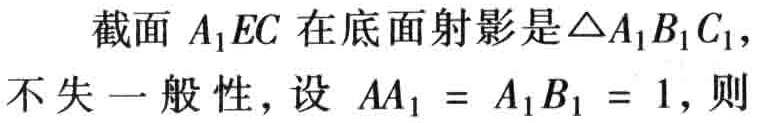
截面 \(A_{1}EC\) 在底面射影是\(\triangle A_{1}B_{1}C_{1}\)，不失一般性，设 \(AA_{1}=A_{1}B_{1}=1\)，则